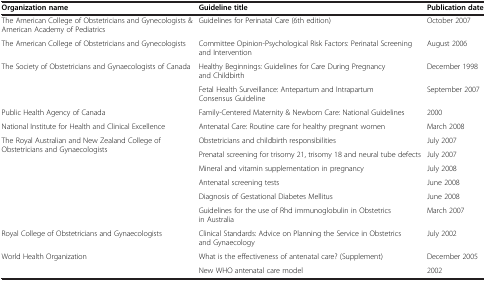
<table><thead><tr><td><b>Organization name</b></td><td><b>Guideline title</b></td><td><b>Publication date</b></td></tr></thead><tbody><tr><td>The American College of Obstetricians and Gynecologists &amp; American Academy of Pediatrics</td><td>Guidelines for Perinatal Care (6th edition)</td><td>October 2007</td></tr><tr><td>The American College of Obstetricians and Gynecologists</td><td>Committee Opinion-Psychological Risk Factors: Perinatal Screening and Intervention</td><td>August 2006</td></tr><tr><td rowspan="2">The Society of Obstetricians and Gynaecologists of Canada</td><td>Healthy Beginnings: Guidelines for Care During Pregnancy and Childbirth</td><td>December 1998</td></tr><tr><td>Fetal Health Surveillance: Antepartum and Intrapartum Consensus Guideline</td><td>September 2007</td></tr><tr><td>Public Health Agency of Canada</td><td>Family-Centered Maternity &amp; Newborn Care: National Guidelines</td><td>2000</td></tr><tr><td>National Institute for Health and Clinical Excellence</td><td>Antenatal Care: Routine care for healthy pregnant women</td><td>March 2008</td></tr><tr><td rowspan="6">The Royal Australian and New Zealand College of Obstetricians and Gynaecologists</td><td>Obstetricians and childbirth responsibilities</td><td>July 2007</td></tr><tr><td>Prenatal screening for trisomy 21, trisomy 18 and neural tube defects</td><td>July 2007</td></tr><tr><td>Mineral and vitamin supplementation in pregnancy</td><td>July 2008</td></tr><tr><td>Antenatal screening tests</td><td>June 2008</td></tr><tr><td>Diagnosis of Gestational Diabetes Mellitus</td><td>June 2008</td></tr><tr><td>Guidelines for the use of Rhd immunoglobulin in Obstetrics in Australia</td><td>March 2007</td></tr><tr><td>Royal College of Obstetricians and Gynaecologists</td><td>Clinical Standards: Advice on Planning the Service in Obstetrics and Gynaecology</td><td>July 2002</td></tr><tr><td rowspan="2">World Health Organization</td><td>What is the effectiveness of antenatal care? (Supplement)</td><td>December 2005</td></tr><tr><td>New WHO antenatal care model</td><td>2002</td></tr></tbody></table>